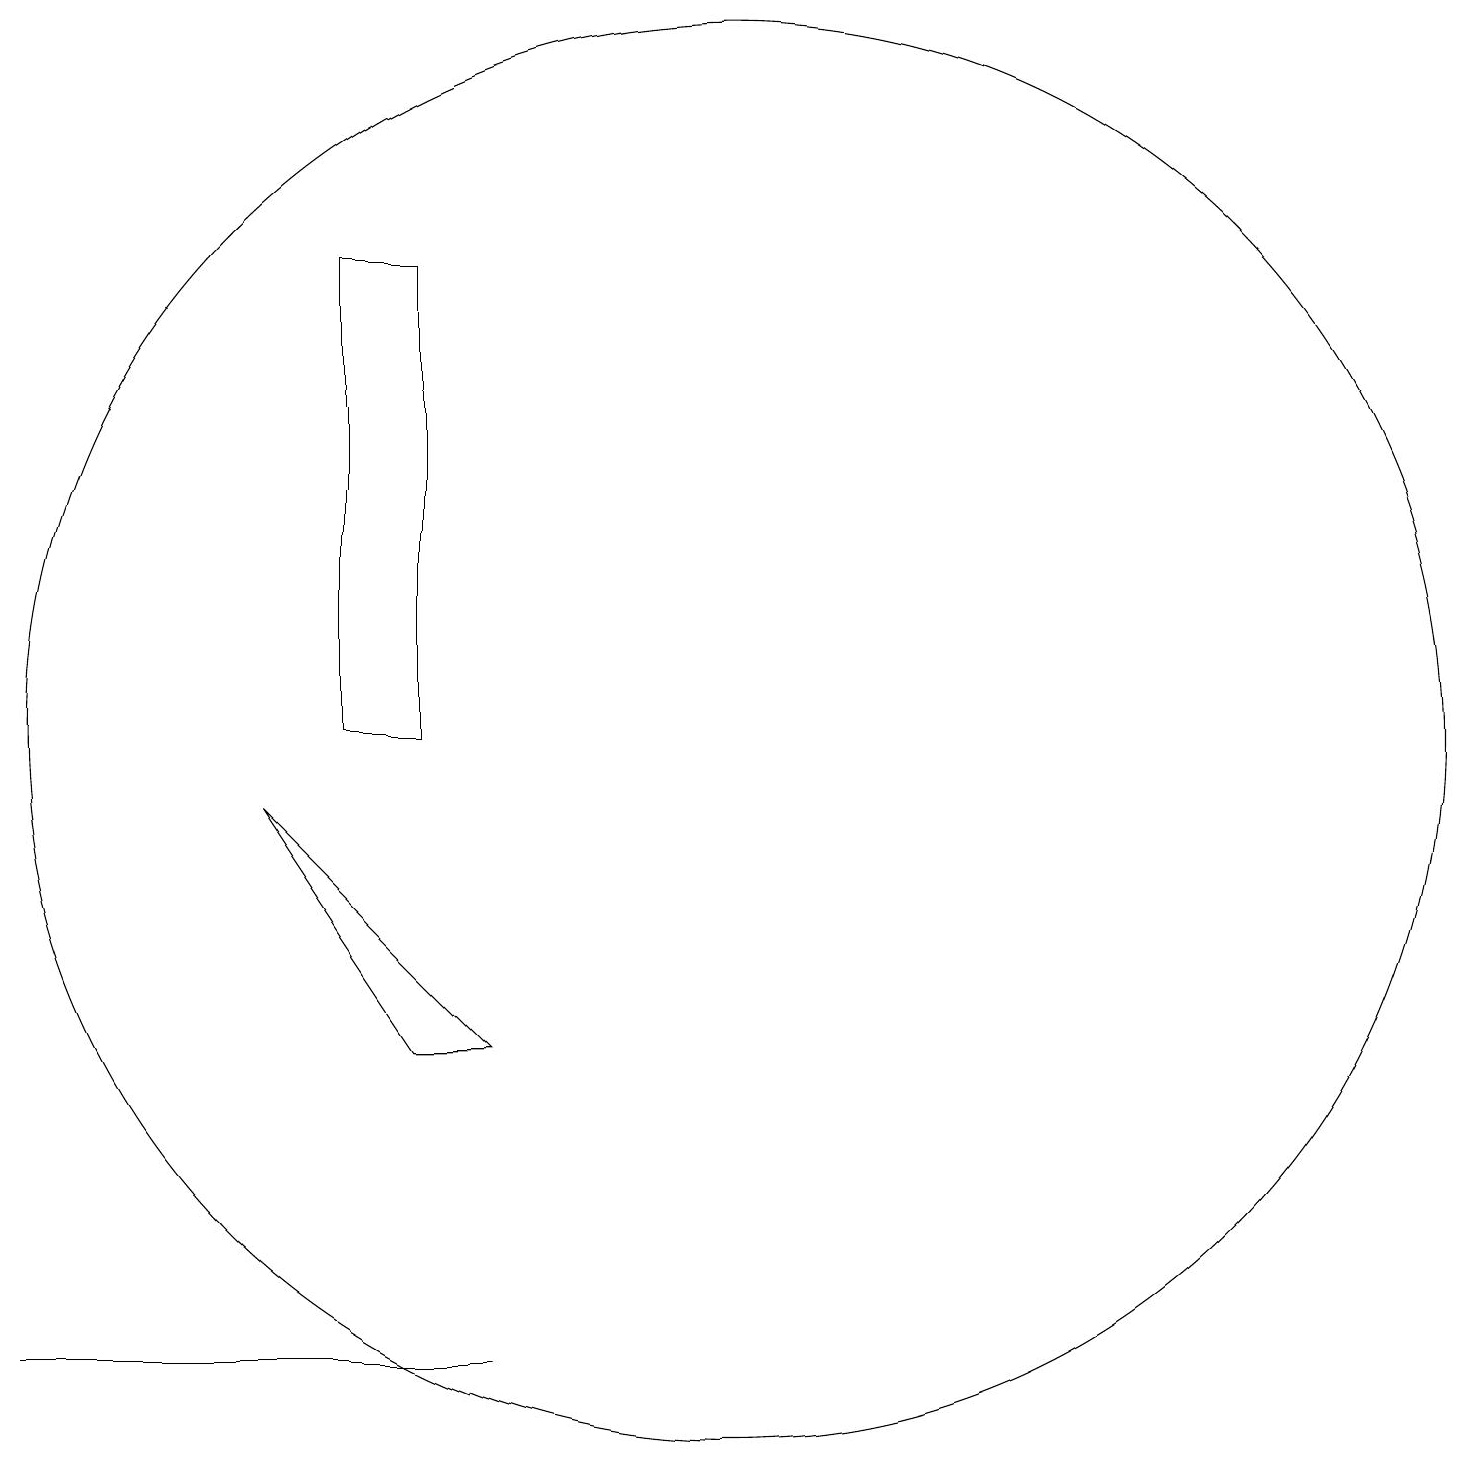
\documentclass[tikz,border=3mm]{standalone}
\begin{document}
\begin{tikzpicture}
\draw (8,6) -- (9,6) -- (6,9) -- cycle;
\draw (7,10) rectangle (8,16);
\draw (10,12) circle (0);
\draw (9,2) -- (3,2) -- (9,2) -- cycle;
\draw (12,10) circle (9);
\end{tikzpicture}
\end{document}